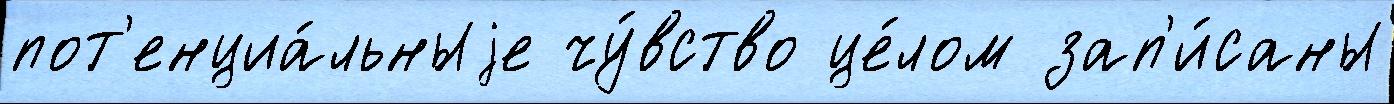
пот'енциа́льныjе чу́вство це́лом зап'и́саны